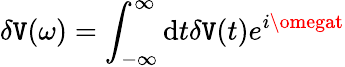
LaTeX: \delta\mathtt{V}(\omega)=\int_{-\infty}^{\infty}\mathrm{{d}}t\delta\mathtt{V}(t)e^{i\omegat}